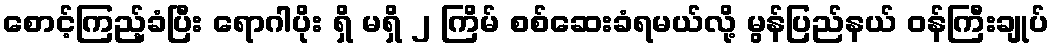
စောင့်ကြည့်ခံပြီး ရောဂါပိုး ရှိ မရှိ ၂ ကြိမ် စစ်ဆေးခံရမယ်လို့ မွန်ပြည်နယ် ဝန်ကြီးချုပ်